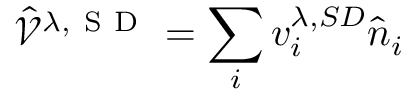
\hat { \mathcal { V } } ^ { \lambda , \mathrm { ~ S ~ D ~ } } = \sum _ { i } v _ { i } ^ { \lambda , S D } \hat { n } _ { i }